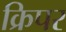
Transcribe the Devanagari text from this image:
क्रिपर